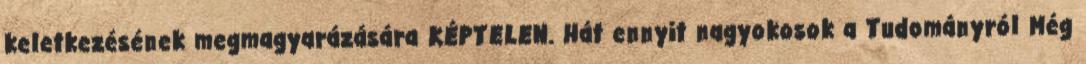
keletkezésének megmagyarázására KÉPTELEN. Hát ennyit nagyokosok a Tudományról Még